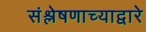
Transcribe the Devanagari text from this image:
संश्लेषणाच्याद्वारे